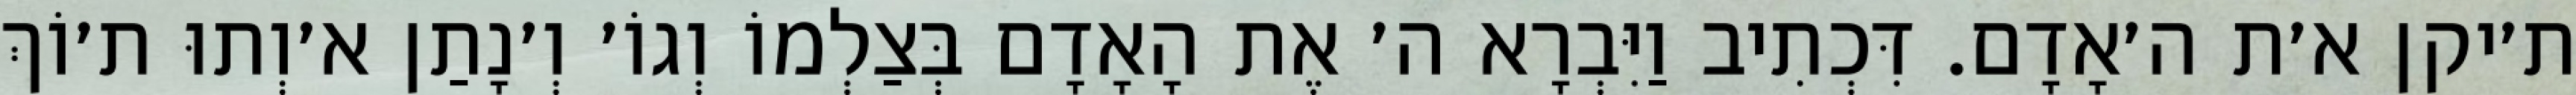
ת׳יקן א׳ת ה׳אָדָם. דִּכְתִיב וַיִּבְרָא ה׳ אֶת הָאָדָם בְּצַלְמוֹ וְגוֹ׳ וְ׳נָתַן א׳וְתוּ ת׳וֹךְ